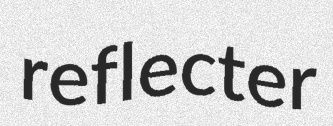
reflecter